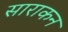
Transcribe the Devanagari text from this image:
साराकन